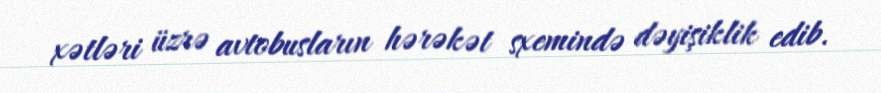
xətləri üzrə avtobusların hərəkət sxemində dəyişiklik edib.